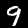
Digit: 9